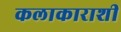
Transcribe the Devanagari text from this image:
कलाकाराशी